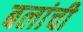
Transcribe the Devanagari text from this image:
बलांची